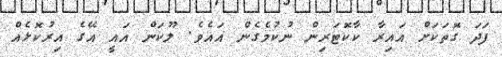
ފަދަ ގޮތަކަށް އައިރާ ކާކޮޓަރިން ނުކުމެގެން އައެވެ. ލޫކަން އައީ އޭގެ އިރުކޮޅެއް